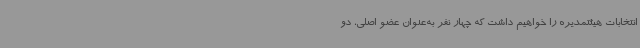
انتخابات هیئتمدیره را خواهیم داشت که چهار نفر به‌عنوان عضو اصلی، دو